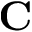
\mathbf { C }